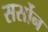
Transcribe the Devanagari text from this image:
सर्सोन